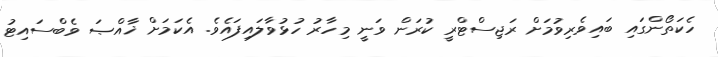
ހެކަތޯންގައި ބައިވެރިވުމަށް ރަޖިސްޓްރީ ކުރަން ވަނީ މިހާރު ހުޅުވާލައިފައެވެ. އެކަމަށް ޚާއްޞަ ވެބްސައިޓު